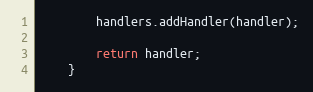
Language: Java
        handlers.addHandler(handler);

        return handler;
    }